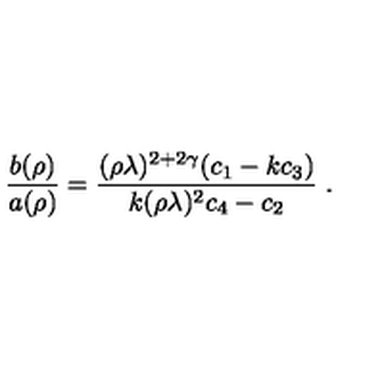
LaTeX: \left. \frac { b ( \rho ) } { a ( \rho ) } = \frac { ( \rho \lambda ) ^ { 2 + 2 \gamma } ( c _ { 1 } - k c _ { 3 } ) } { k ( \rho \lambda ) ^ { 2 } c _ { 4 } - c _ { 2 } } \right. .